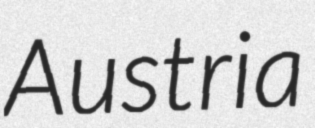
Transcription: Austria